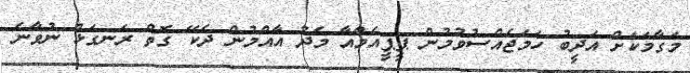
މަގާމަކަށް އަދީބު ހަަމަޖެއްސުވުމުން ޕީޕީއެމްއާ މެދު އާއްމުން ދެކޭ ގޮތް ރަނގަޅު ނުވާނެ